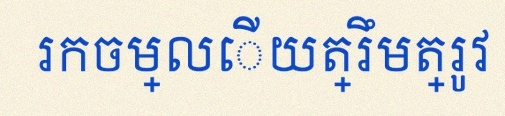
រកចម្លើយត្រឹមត្រូវ